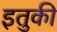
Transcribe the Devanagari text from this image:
इतुकी